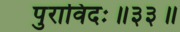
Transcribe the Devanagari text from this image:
पुराविदः॥३३॥